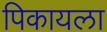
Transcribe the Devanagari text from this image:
पिकायला